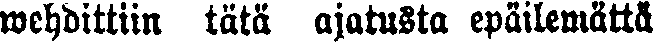
wehdittiin täta ajatusta epäilemättä